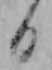
日